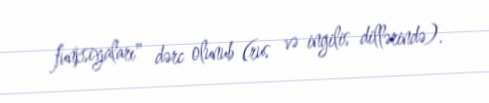
funksiyaları" dərc olunub (rus və ingilis dillərində).